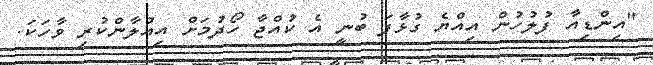
"އިންޑިއާ ފުލުހުން އިއްޔެ ގުޅާފަ ބުނީ އެ ކުއްޖާ ހޯދުމަށް އިއުލާންކުރި ވާހަކަ.